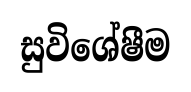
සුවිශේෂීම